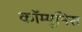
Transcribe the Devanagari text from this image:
कॉम्यूनिस